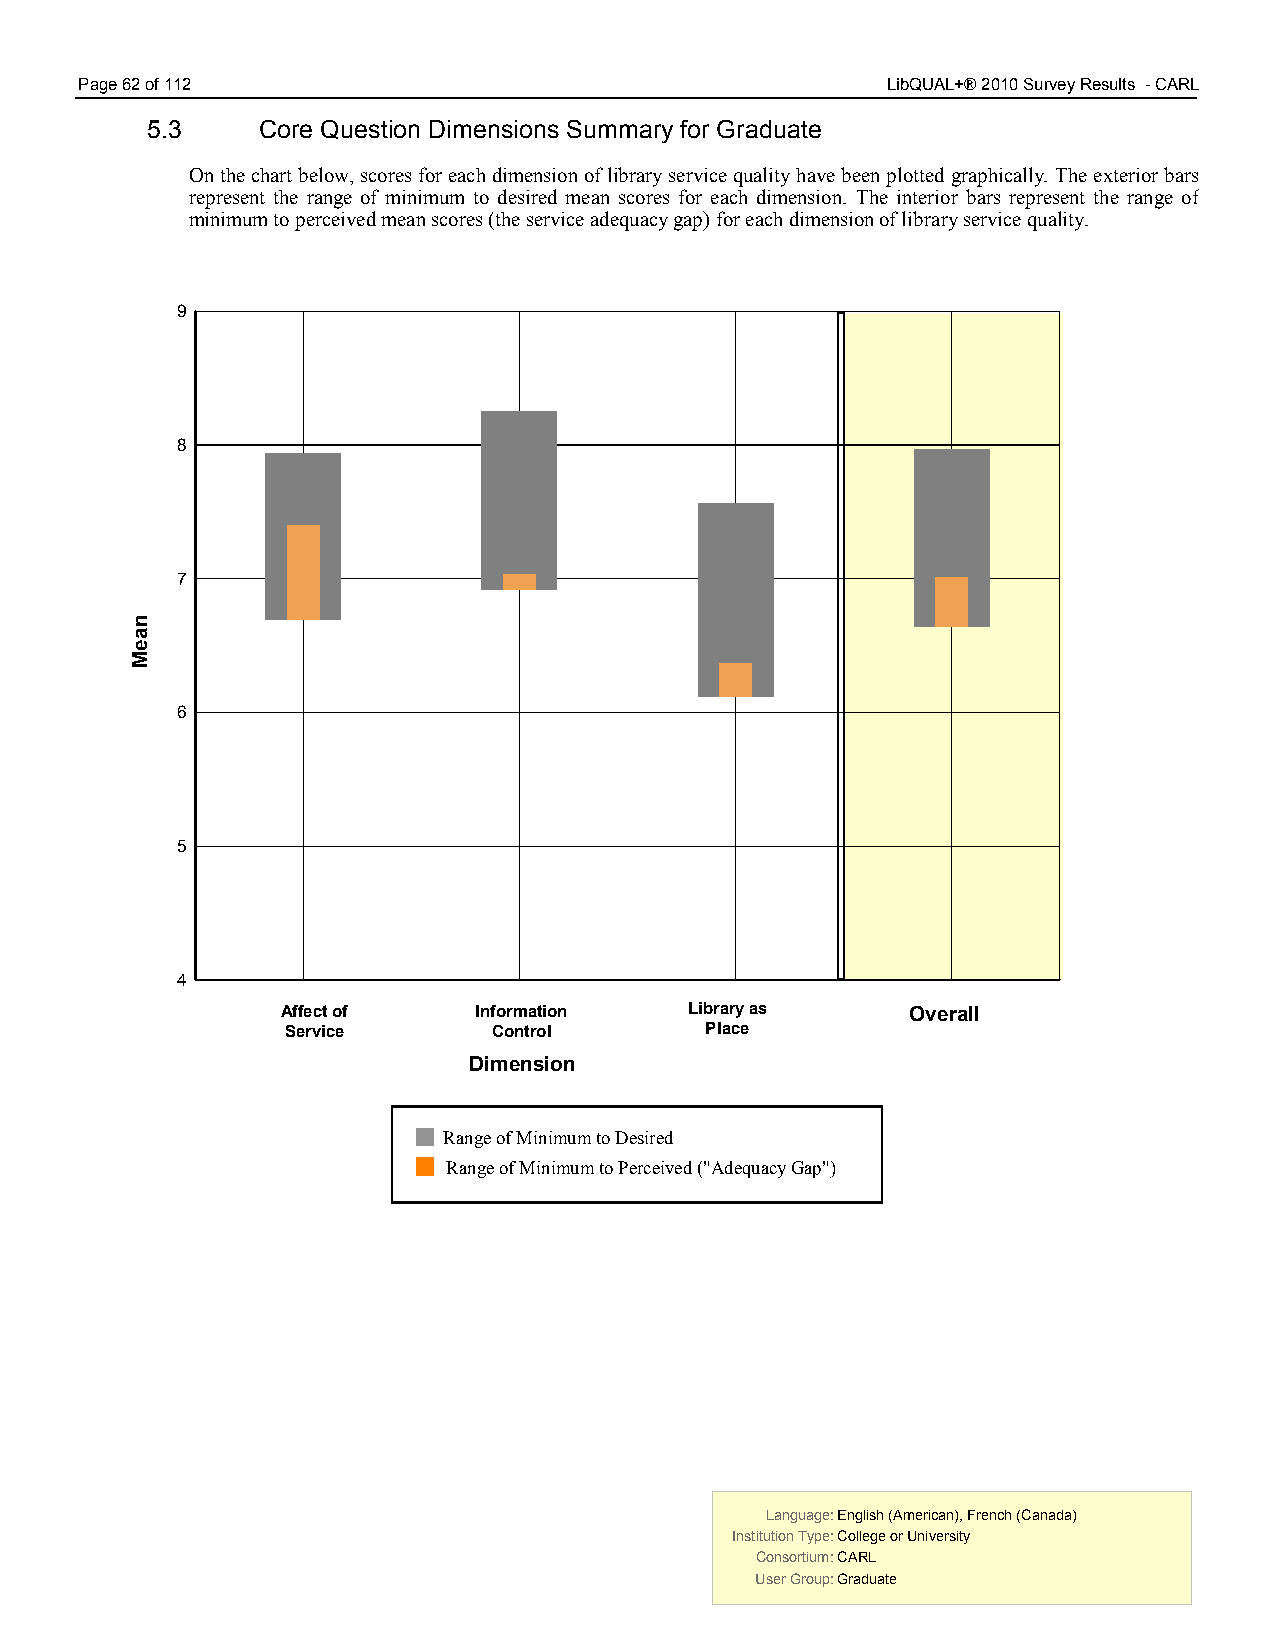
Page 62 of 112                                        LibQUAL+® 2010 Survey Results - CARL
 5.3    Core Question Dimensions Summary for Graduate
 On the chart below, scores for each dimension of library service quality have been plotted graphically. The exterior bars
 represent the range of minimum to desired mean scores for each dimension. The interior bars represent the range of
 minimum to perceived mean scores (the service adequacy gap) for each dimension of library service quality.
 99
 88
 77
 66
 55
 44
 Affect of   Information    Library as    Overall
 Service       Control       Place
 Dimension
 Range of Minimum to Desired
 Range of Minimum to Perceived ("Adequacy Gap")
 Language: English (American), French (Canada) Language: English (American), French (Canada)
 Institution Type: College or University  Institution Type: College or University
 Consortium: CARL                         Consortium: CARL
 User Group: Graduate                     User Group: Graduate
 naeM